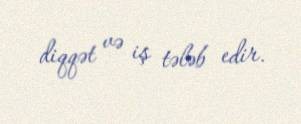
diqqət və iş tələb edir.